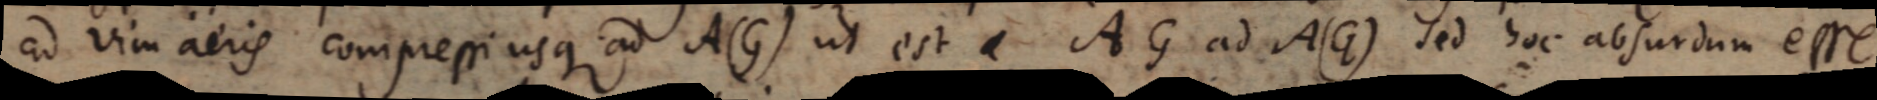
ad vim aeris compressi usque ad A(G) ut est AG ad A(G). Sed hoc absurdum esse